Malaria in India - Number 2
Disease focus: Malaria
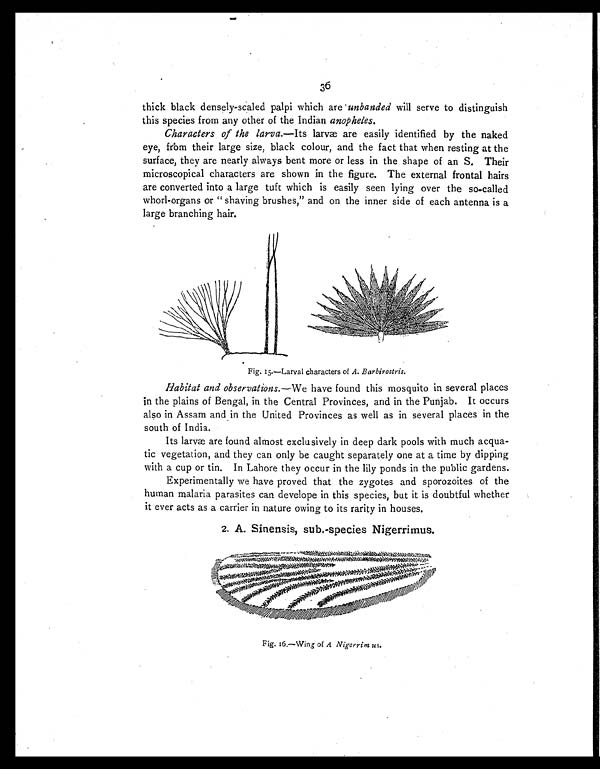
36
thick black densely-scaled palpi which are unbanded will serve to distinguish
this species from any other of the Indian anopheles.
Characters of the larva.—Its larvæ are easily identified by the naked
eye, frbm their large size, black colour, and the fact that when resting at the
surface, they are nearly always bent more or less in the shape of an S. Their
microscopical characters are shown in the figure. The external frontal hairs
are converted into a large tuft which is easily seen lying over the so-called
whorl-organs or " shaving brushes," and on the inner side of each antenna is a
large branching hair.
Fig. 15.—Larval characters of A. Barbirostris.
Habitat and observations.—We have found this mosquito in several places
in the plains of Bengal, in the Central Provinces, and in the Punjab. It occurs
also in Assam and in the United Provinces as well as in several places in the
south of India.
Its larvæ are found almost exclusively in deep dark pools with much acqua-
tic vegetation, and they can only be caught separately one at a time by dipping
with a cup or tin. In Lahore they occur in the lily ponds in the public gardens.
Experimentally we have proved that the zygotes and sporozoites of the
human malaria parasites can develope in this species, but it is doubtful whether
it ever acts as a carrier in nature owing to its rarity in houses.
2. A. Sinensis, sub.-species Nigerrimus.
Fig. 16.—Wing of A Nigcrrim us.